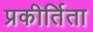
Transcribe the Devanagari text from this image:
प्रकीर्तिता